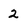
Character: 2